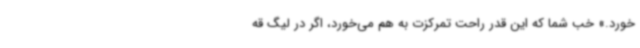
خورد.» خب شما که این قدر راحت تمرکزت به هم می‌خورد، اگر در لیگ قه